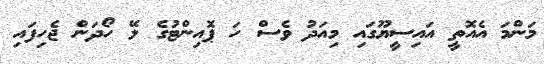
މަންމަ އެއޮތީ އައިސީޔޫގައި މިއަދު ވެސް ހަ ޕޮއިންޓުގެ ލޭ ހޯދަން ޖެހިފައި